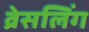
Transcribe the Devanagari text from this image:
व्रेसलिंग